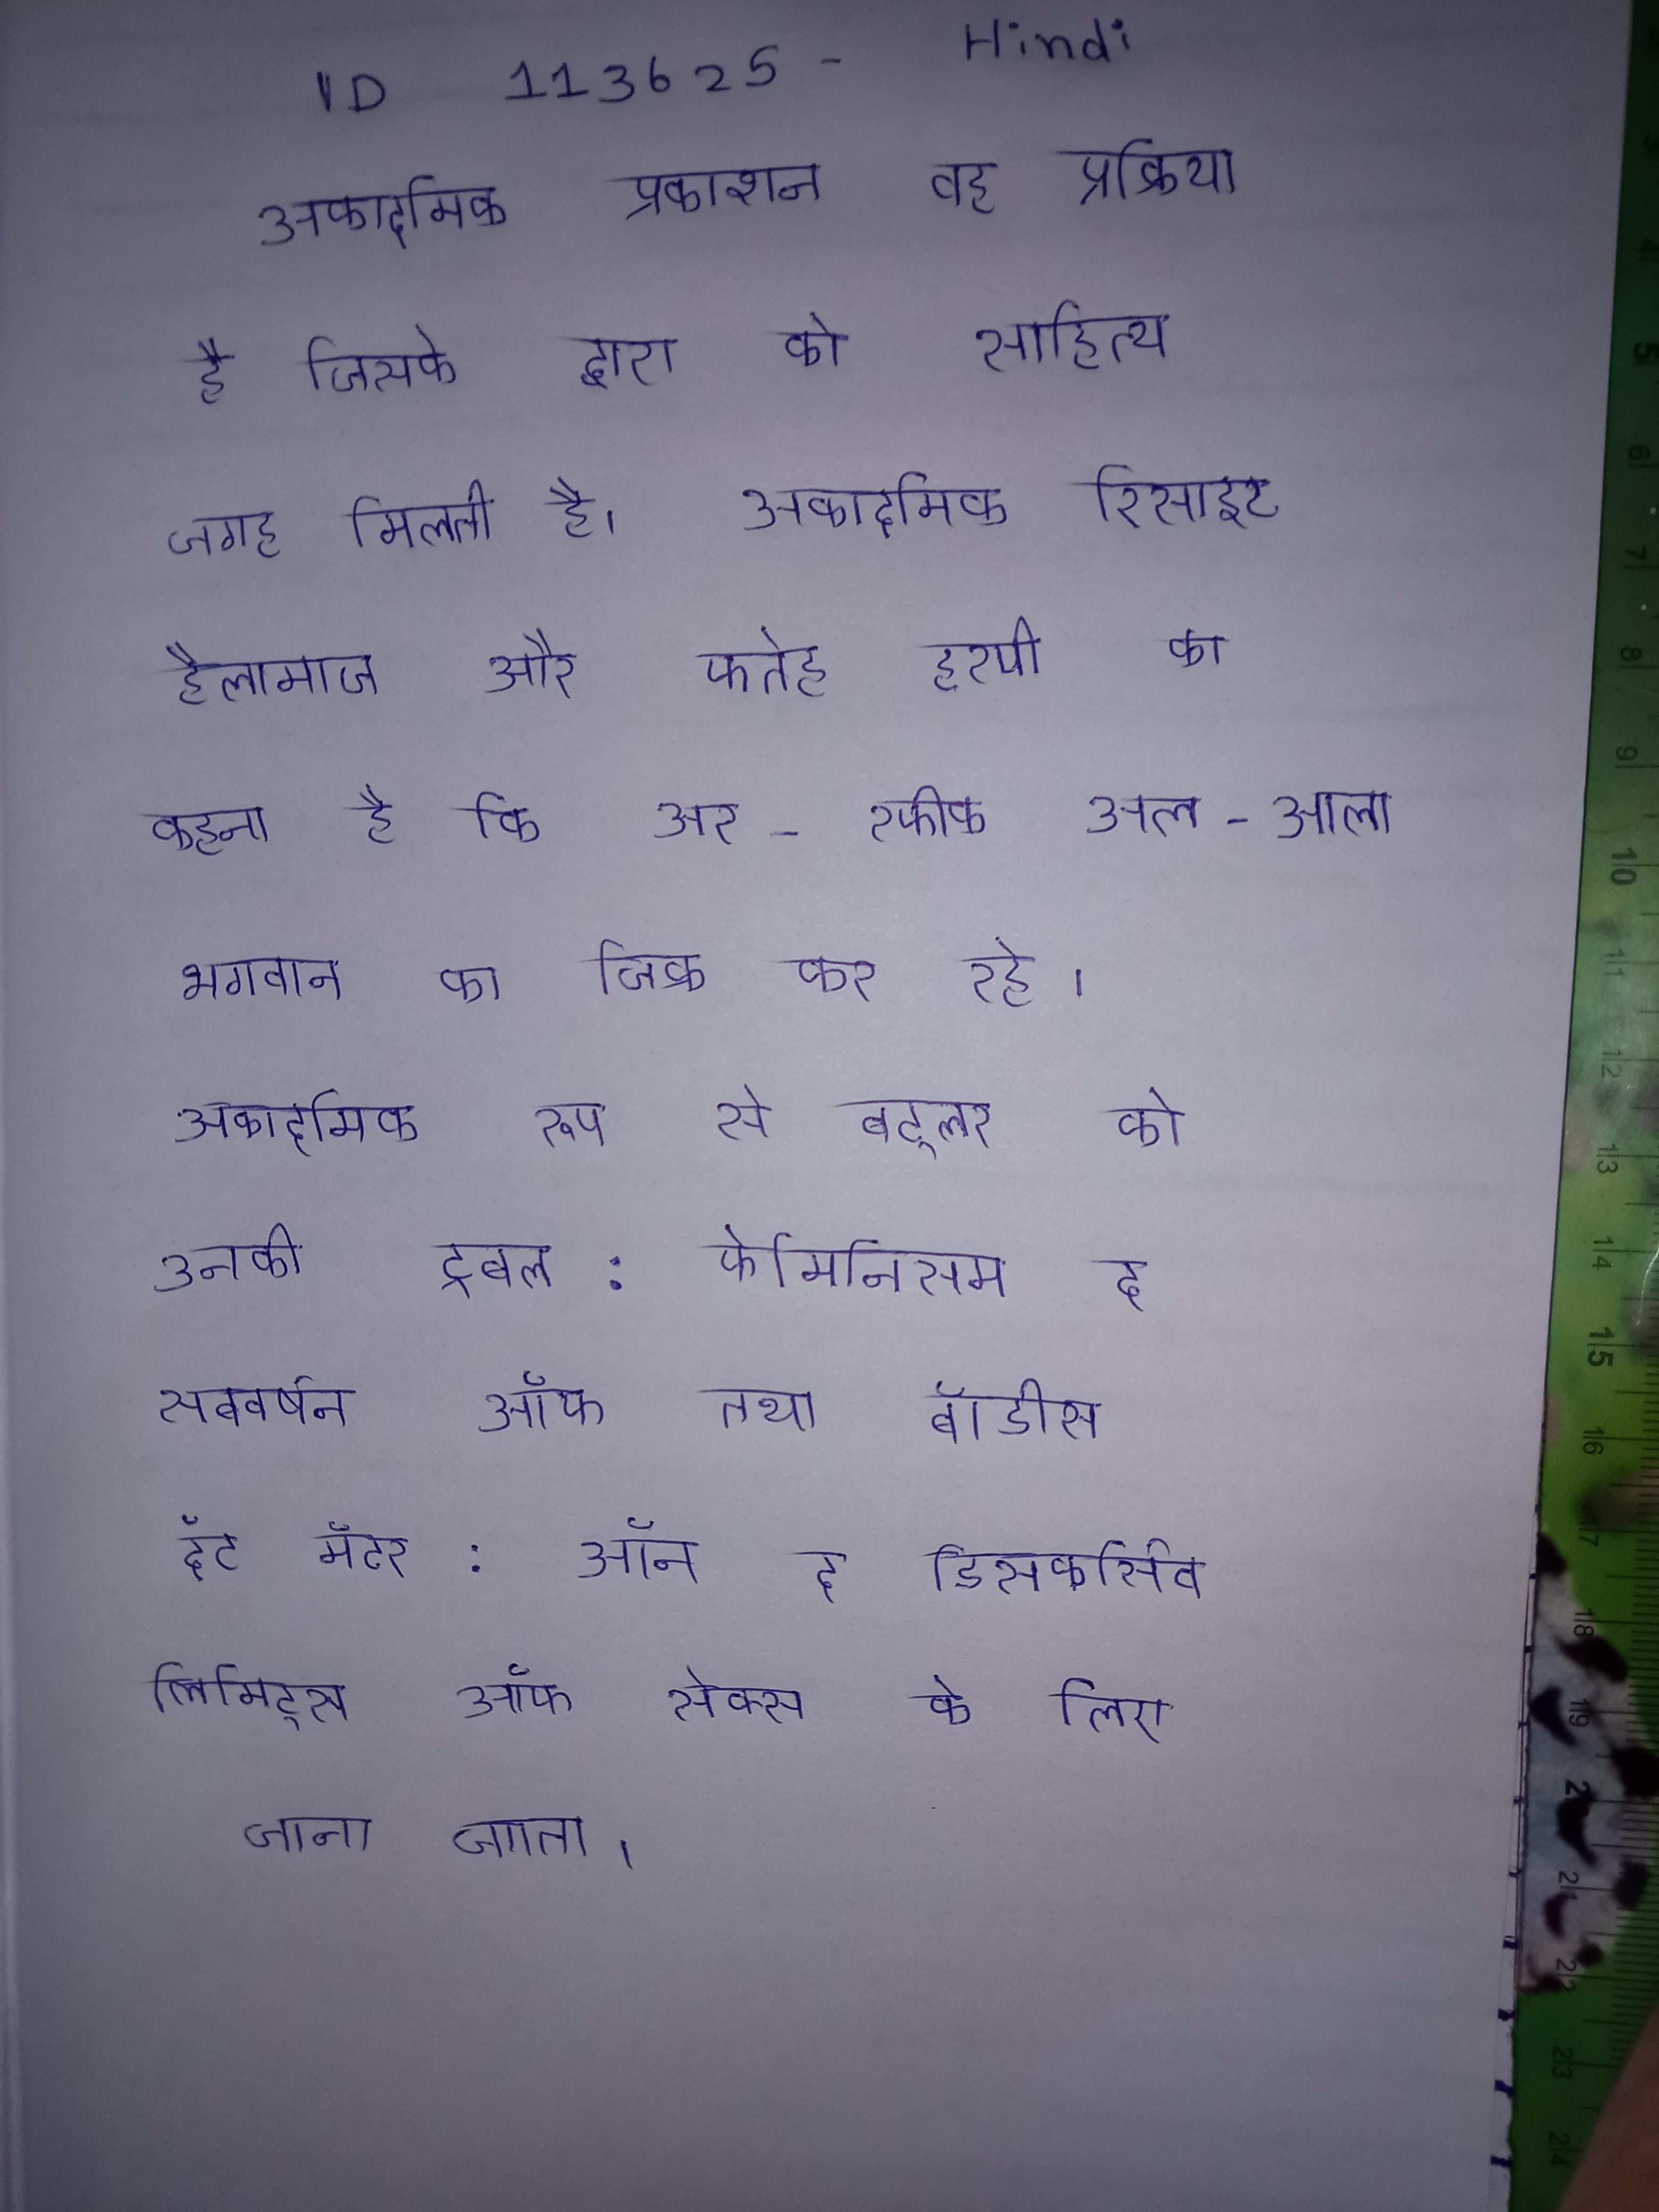
अकादमिक प्रकाशन वह प्रक्रिया है जिसके द्वारा को साहित्य जगह मिलती है । अकादमिक रीसाइट हैलामाज और फतेह हरपी का कहना है कि अर-रफीक अल-आला भगवान का जिक्र कर रहे । अकादमिक रूप से बट्लर को उनकी ट्रबल: फेमिनिसम द सबवर्षन ऑफ तथा बॉडीस दॅट मॅटर: ऑन द डिसकर्सिव लिमिट्स ऑफ सेक्स के लिए जाना जाता ।